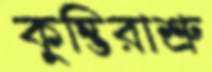
কুম্ভিরাশ্রু